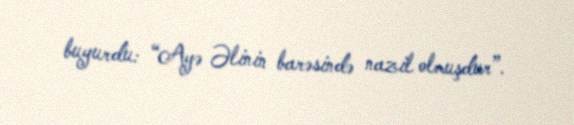
buyurdu: “Ayə Əlinin barəsində nazil olmuşdur”.